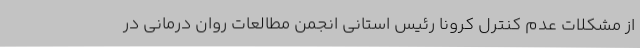
از مشکلات عدم کنترل کرونا رئیس استانی انجمن مطالعات روان درمانی در